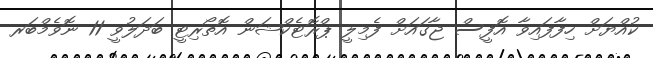
ކުއްޔަށް ހިފާފައިވާ އޮފީސް ޖާގައަށް ފެމިލީ ޕްރޮޓެކްޝަން އޮތޯރިޓީ ބަދަލުވީ 11 ނޮވެމްބަރ